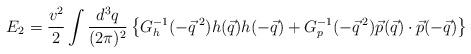
LaTeX: \begin{align*}E_2=\frac{v^2}{2}\int \frac{d^3q}{(2\pi)^2} \left\{G_h^{-1}(-\vec{q}\,^2)h(\vec{q})h(-\vec{q}) +G_p^{-1}(-\vec{q}\,^2)\vec{p}(\vec{q})\cdot\vec{p}(-\vec{q})\right\} \end{align*}